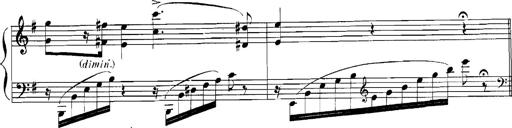
Title: Rhapsodies hongroises
Composer: Franz Liszt